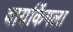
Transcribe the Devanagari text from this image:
वायकिंगला